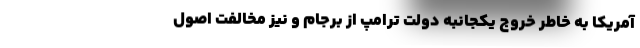
آمریکا به خاطر خروج یکجانبه دولت ترامپ از برجام و نیز مخالفت اصول